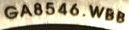
GA8546.WBB